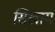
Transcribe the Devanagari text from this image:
सिखाय